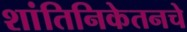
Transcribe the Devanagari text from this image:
शांतिनिकेतनचे